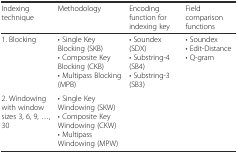
| Indexing technique | Methodology | Encoding function for indexing key | Field comparison functions |
 | --- | --- | --- | --- |
 | 1. Blocking | • Single Key Blocking (SKB)• Composite Key Blocking (CKB)• Multipass Blocking (MPB) | <ROWSPAN=2> • Soundex (SDX)• Substring-4 (SB4)• Substring-3 (SB3) | <ROWSPAN=2> • Soundex• Edit-Distance• Q-gram |
 | 2. Windowing with window sizes 3, 6, 9, ..., 30 | • Single Key Windowing (SKW)• Composite Key Windowing (CKW)• Multipass Windowing (MPW) |